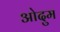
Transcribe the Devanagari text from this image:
ओदुम